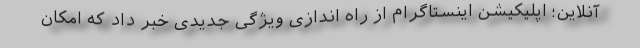
آنلاین؛ اپلیکیشن اینستاگرام از راه اندازی ویژگی جدیدی خبر داد که امکان